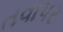
તવાપર